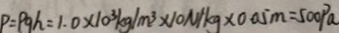
P = P g h = 1 . 0 \times 1 0 ^ { 3 } k g / m ^ { 3 } \times 1 0 N / k g \times 0 . 0 5 m = 5 0 0 P a